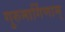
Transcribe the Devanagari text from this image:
गुरुमार्गिणाम्